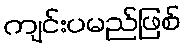
ကျင်းပမည်ဖြစ်